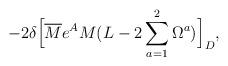
LaTeX: \begin{align*}-2\delta\Bigl[\overline M e^A M(L-2\sum_{a=1}^{2}{\Omega^a})\Bigr]_D,\end{align*}